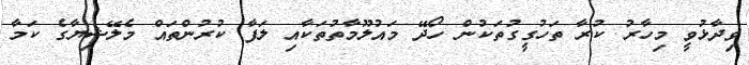
ވިދާޅުވީ މިހާރު ކުރާ ތަހުގީގުތަކުން ހޯދޭ މައުލޫމާތުތަކާއި ލަފާ ކުރުންތައް މެލޭޝިޔާގެ ކަމާ